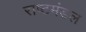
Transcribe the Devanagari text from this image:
राष्टमंडल